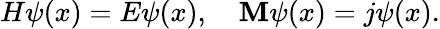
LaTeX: H\psi(x)=E\psi(x),\quad\mathbf{M}\psi(x)=j\psi(x).